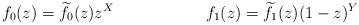
LaTeX: \begin{align*}f_0(z)&=\widetilde f_0(z)z^X&f_1(z)&=\widetilde f_1(z)(1-z)^Y \end{align*}